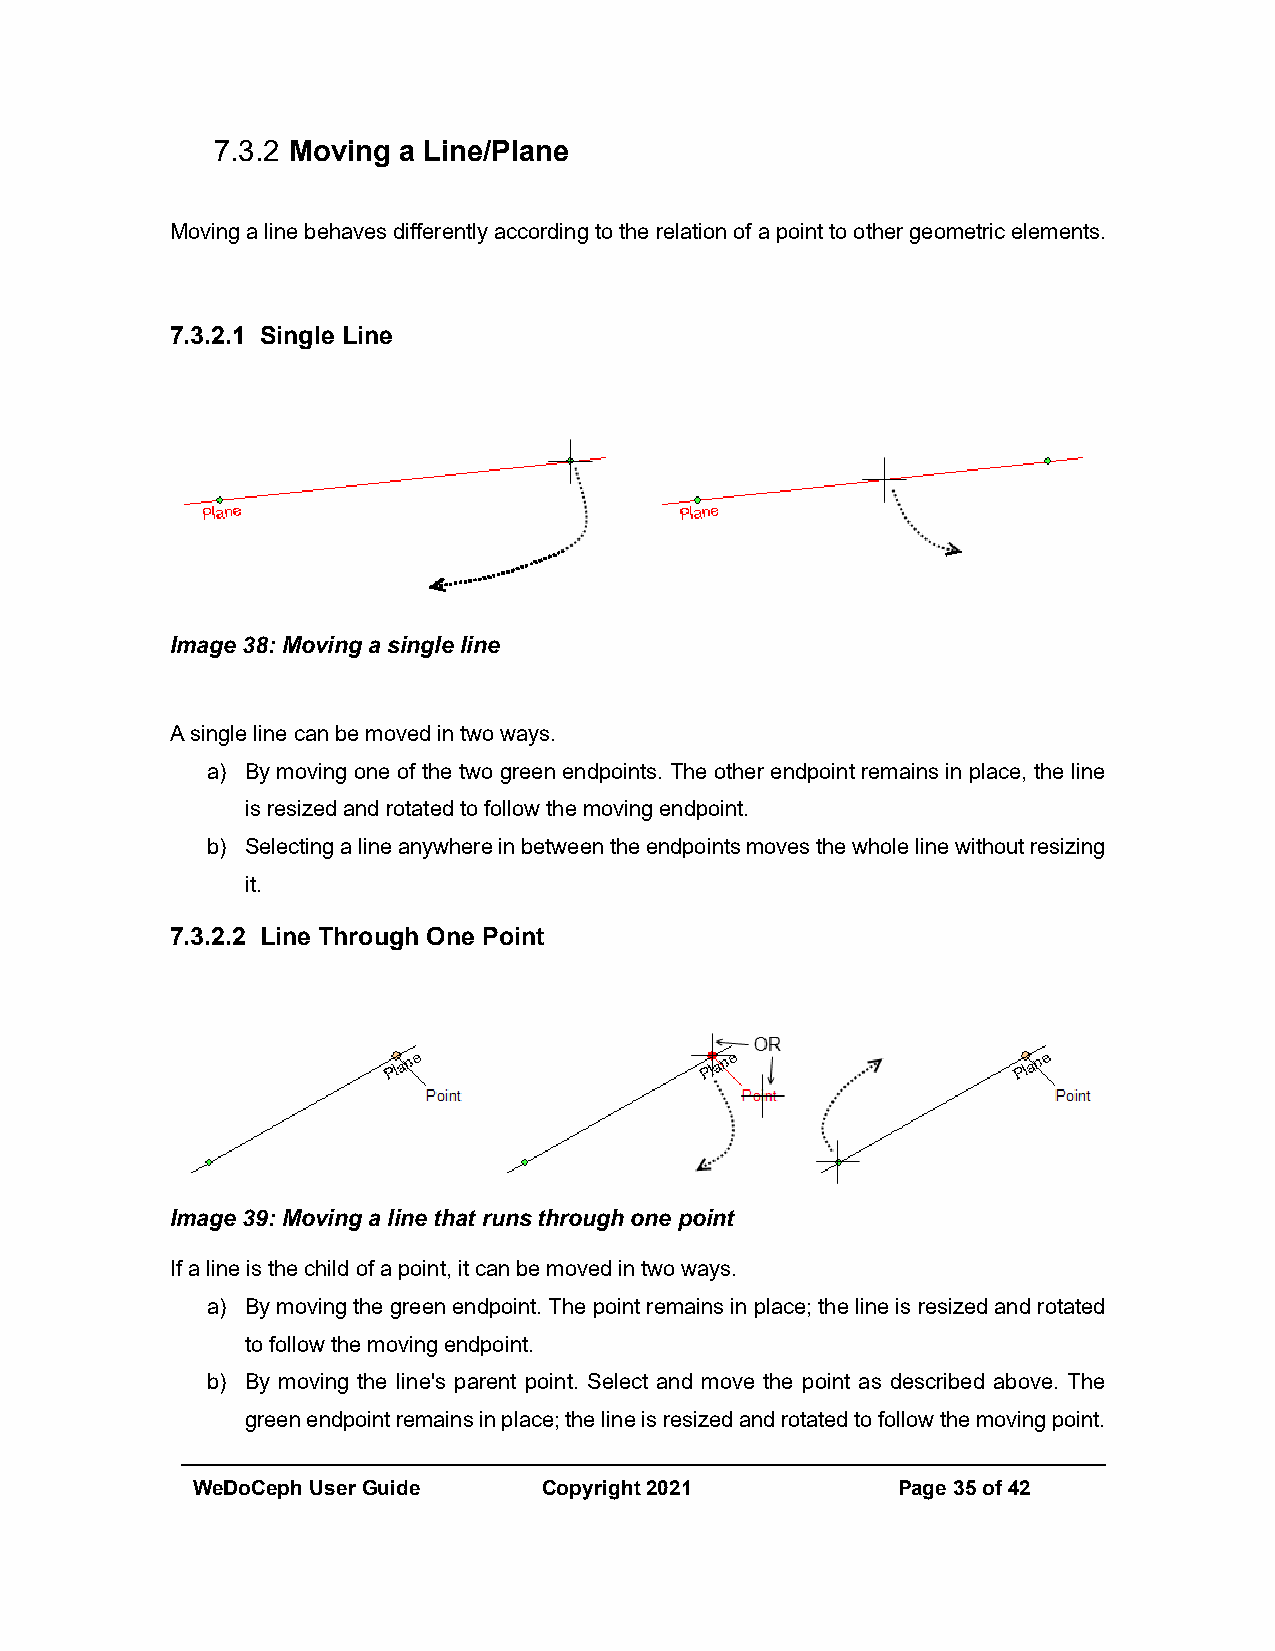
7.3.2 Moving a Line/Plane
 Moving a line behaves differently according to the relation of a point to other geometric elements.
 7.3.2.1 Single Line
 Image 38: Moving a single line
 A single line can be moved in two ways.
 a) By moving one of the two green endpoints. The other endpoint remains in place, the line
 is resized and rotated to follow the moving endpoint.
 b) Selecting a line anywhere in between the endpoints moves the whole line without resizing
 it.
 7.3.2.2 Line Through One Point
 Image 39: Moving a line that runs through one point
 If a line is the child of a point, it can be moved in two ways.
 a) By moving the green endpoint. The point remains in place; the line is resized and rotated
 to follow the moving endpoint.
 b) By moving the line's parent point. Select and move the point as described above. The
 green endpoint remains in place; the line is resized and rotated to follow the moving point.
 WeDoCeph User Guide    Copyright 2021         Page 35 of 42